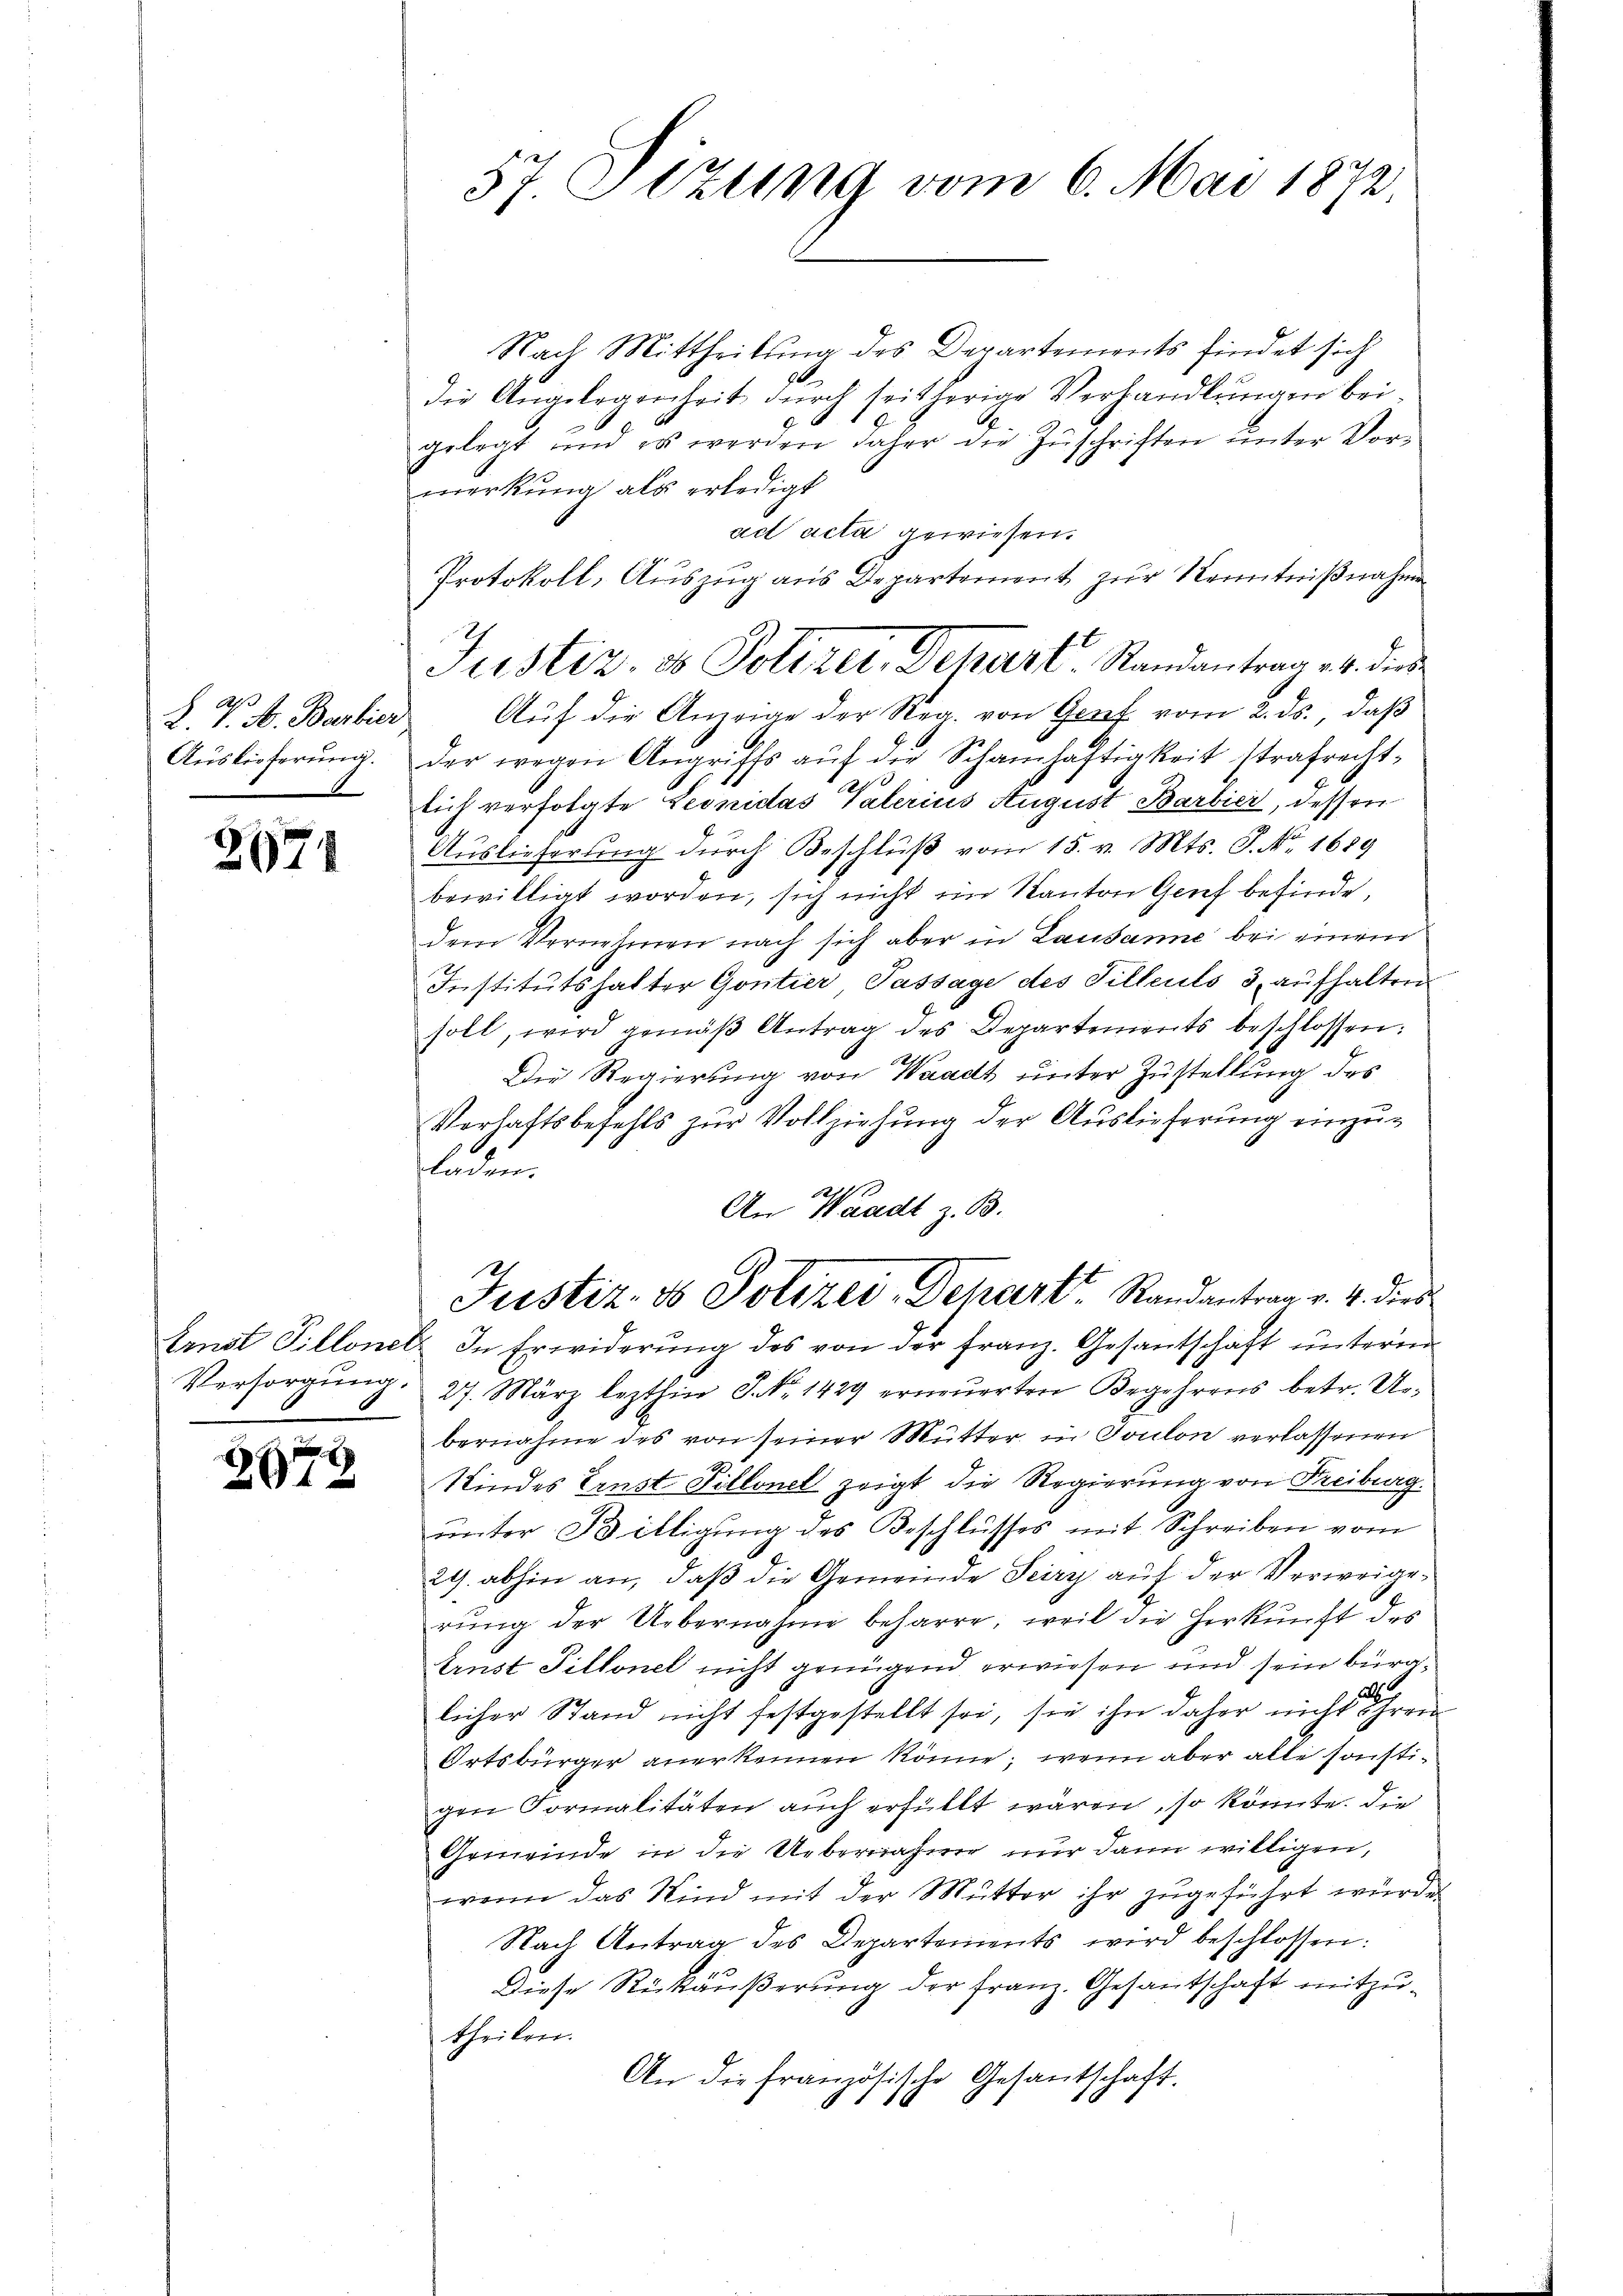
Auslieferung.

2671

279

57. Ilzling vom 6. Mai 1872,

Nach Mittheilung des Departements findet sich
90
die Angelegenheit durch seitherige Verhandlungen beigelegt und es werden daher die Zŭschriften ŭnter Vor-
merkung als erledigt
ad acta gewiesen.
L. V. A. Barbier Aŭf die Anzeige der Reg. von Genf vom 2. ds., daβ
der wegen Angriffs aŭf die Schamhaftigkeit strafrecht-
sich verfolgte Leonidas Vaterius August Barbier, dessen
Auslieferung durch Beschluß vom 15. v. Mts. S. Nr. 1689
bewilligt worden, sich nicht im Kanton Genf befinde,
dem Vernehmen nach sich aber in Lausanne bei einem
Institutshalter Gontier, Passage des Tilleuts 3, aufhalten
soll, wird gemäβ Antrag des Departements beschlossen:
Die Regierung von Waadt unter Zustellung des
Verhaftsbefehls zur Vollziehung der Auslieferung einzuladen.
1
An Waadt z. B.
.
Justiz, ds Polizei-Dehart Randantrag v. 4. dies
Erndt Pillonelz In Erwiderŭng des von der franz. Gesantschaft unterm
Persorgŭng. 27. März lezthin J NNo. 1429 erneŭerten Begehrens betr. Ur-
bernahme des von seiner Mutter in Toulon verlassenen
J
Kindes Ernst Sillonel zeigt die Regierung von Freiburg.
unter Billigung des Beschlusses mit Schreiben vom
29. abhin an, daß die Gemeinde Teiry auf der Verweigen
rung der Uebernahme beharre, weil die Herkunft des
Ernst Tillonel nicht genügend erwiesen und sein bürg
licher Stand nicht festgestellt sei, sie ihn daher nicht ihren
Ortsbürger anerkennen könne; wenn aber alle sonstigen Formalitäten auch erfüllt wären, so könnte. Die
Gemeinde in die Uebernahme nur dann willigen,
wenn das Kind mit der Mutter ihr zugeführt wurde.
Nach Antrag des Departements wird beschlossen:
Diese Rückäußerung der Franz. Gesantschaft mitzutheilen.
An die französische Gesantschaft.

Protokoll, Auszug aus Departement zur Kenntnißnahme
Justiz & Polizei, Dekart-Randantrag u. dies